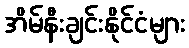
အိမ်နီးချင်းနိုင်ငံများ